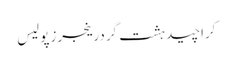
کراچیدہشت گردرینجرزپولیس